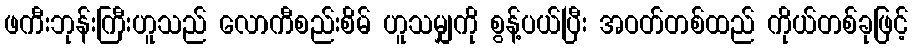
ဖကီးဘုန်းကြီးဟူသည် လောကီစည်းစိမ် ဟူသမျှကို စွန့်ပယ်ပြီး အဝတ်တစ်ထည် ကိုယ်တစ်ခုဖြင့်